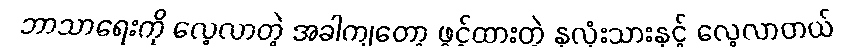
ဘာသာရေးကို လေ့လာတဲ့ အခါကျတော့ ဖွင့်ထားတဲ့ နှလုံးသားနှင့် လေ့လာတယ်